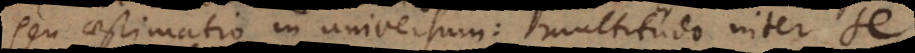
seu aestimatio in universum: multitudo inter se